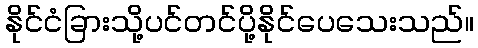
နိုင်ငံခြားသို့ပင်တင်ပို့နိုင်ပေသေးသည်။